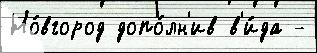
Но́вгород допо́лн'ив в'и́да -